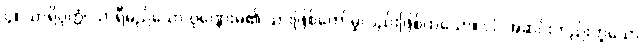
၄။ သာရိပုတ္တံ၊ သာရီမည်သော ပုဏ္ဏေးမ၏ သားဖြစ်တော်မူလည်းဖြစ်ထသော။ ဝါ၊ အဆင်းတည်းဟူသော